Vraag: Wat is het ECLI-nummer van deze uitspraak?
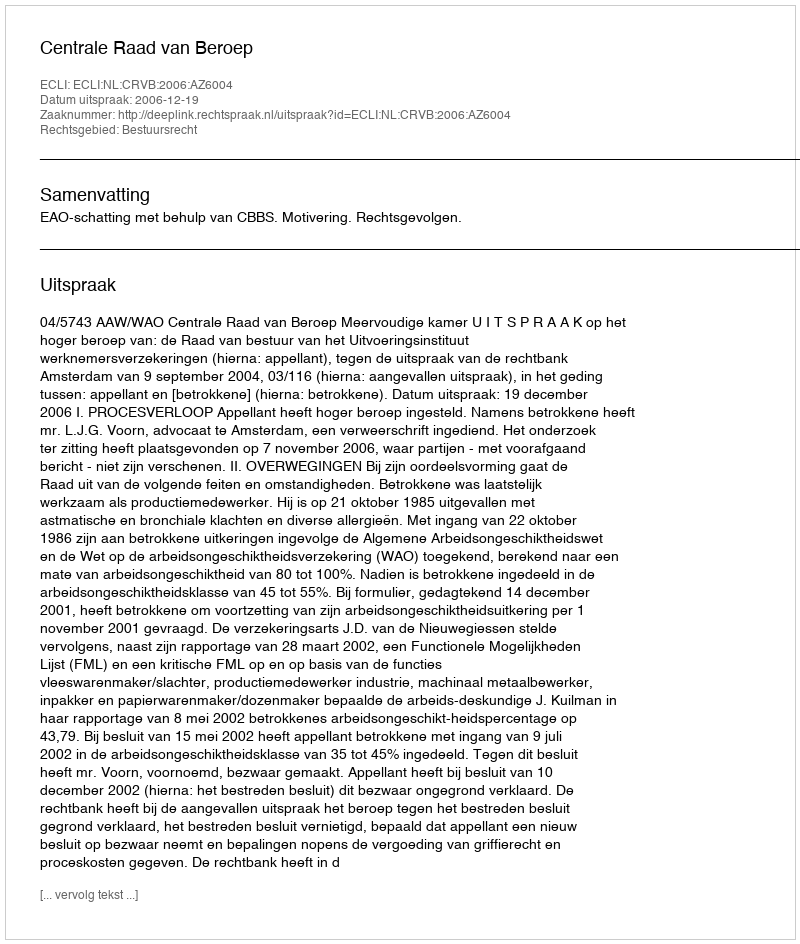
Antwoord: ECLI:NL:CRVB:2006:AZ6004